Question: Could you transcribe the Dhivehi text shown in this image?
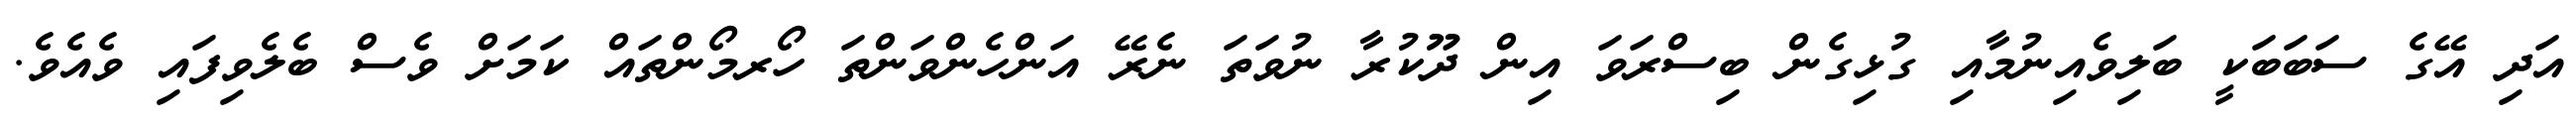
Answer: އަދި އޭގެ ސަބަބަކީ ބަލިވެއިނުމާއި ގުޅިގެން ބިސްރަވަ އިން ދޫކުރާ ނުވަތަ ނެރޭ އަންހެންވަންތަ ހޯރމޯންތައް ކަމަށް ވެސް ބެލެވިފައި ވެއެވެ.